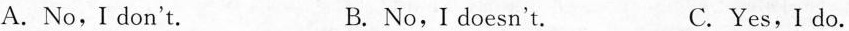
A.No, I don't. B. No, I doesn't. C.Yes, I do.